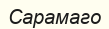
Сарамаго